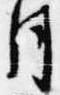
月